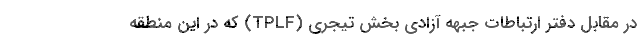
در مقابل دفتر ارتباطات جبهه آزادی بخش تیجری (TPLF) که در این منطقه